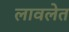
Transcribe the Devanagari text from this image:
लावलेत